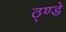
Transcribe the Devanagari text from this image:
ठ्ण्डे